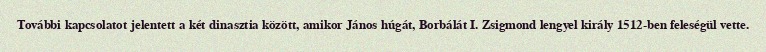
További kapcsolatot jelentett a két dinasztia között, amikor János húgát, Borbálát I. Zsigmond lengyel király 1512-ben feleségül vette.